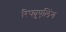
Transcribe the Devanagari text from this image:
रिफ्युएलिंग